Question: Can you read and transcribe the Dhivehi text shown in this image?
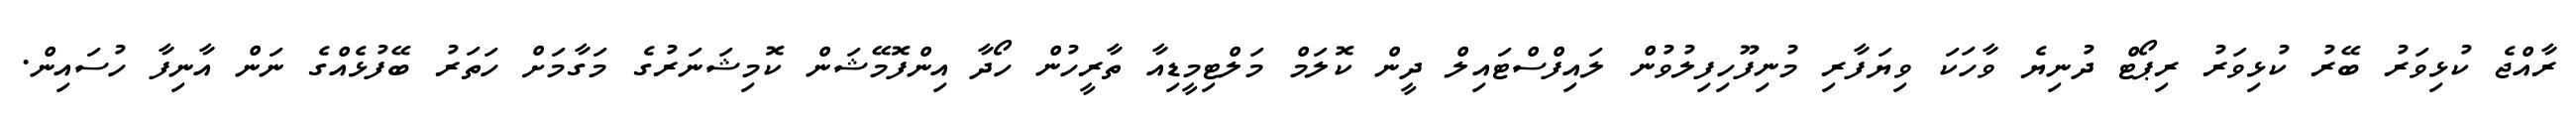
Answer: ރާއްޖެ ކުޅިވަރު ބޭރު ކުޅިވަރު ރިޕޯޓް ދުނިޔެ ވާހަކަ ވިޔަފާރި މުނިފޫހިފިލުވުން ލައިފްސްޓައިލް ދީން ކޮލަމް މަލްޓިމީޑިއާ ތާރީހުން ހޯދާ އިންފޮމޭޝަން ކޮމިޝަނަރުގެ މަގާމަށް ހަތަރު ބޭފުޅެއްގެ ނަން އާނިފާ ހުސައިން.